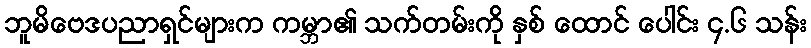
ဘူမိဗေဒပညာရှင်များက ကမ္ဘာ၏ သက်တမ်းကို နှစ် ထောင် ပေါင်း ၄.၆ သန်း